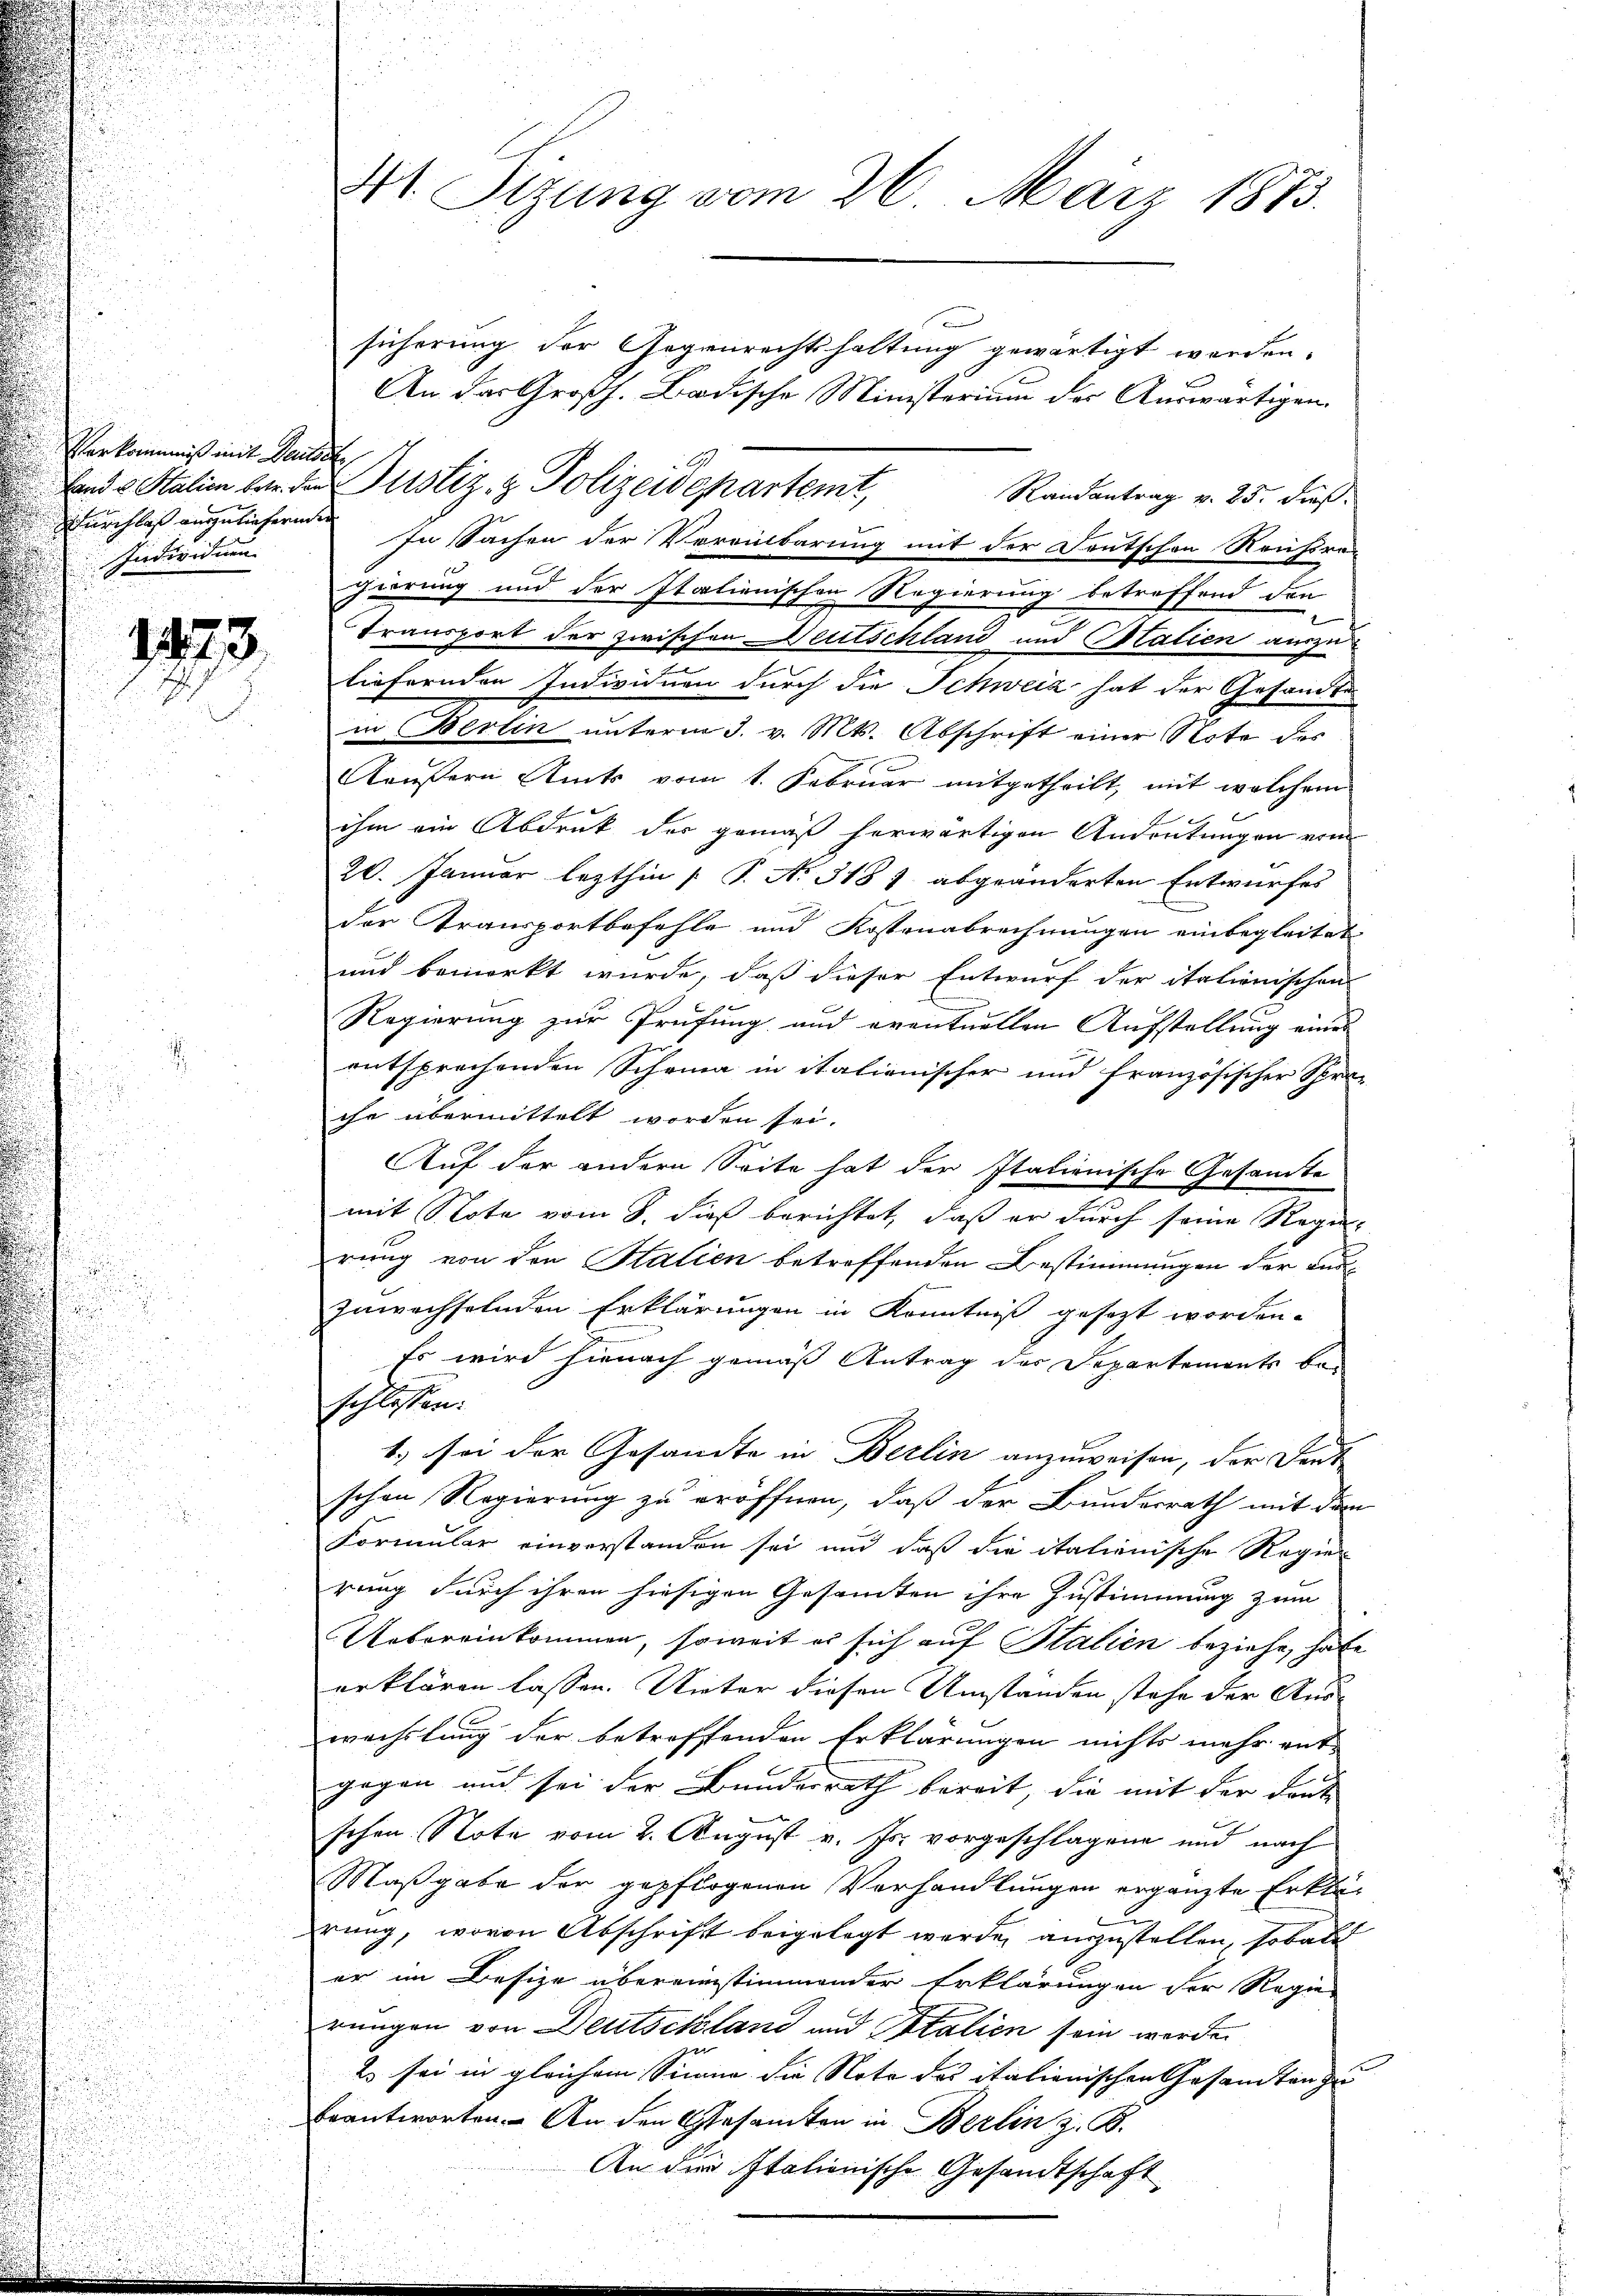
Vorkommniß mit Deutsch
Durchlaß angelieferenden
Individuen

1473.

41. Sizung vom 26. März 1873.

sicherung der Gegenrechtshaltung gewärtigt werden,
An das Großh. Badische Ministerium der Auswärtigen.
land u. Station bei der Justiz- & Polizeidepartemt,
Randantrag v. 25. dieß.
In Sachen der Vereinbarung mit der Deutschen Rauchsrägierung und der Italienischen Regierung betreffend den
transport der zwischen Deutschland und Stalien auszuliefernden Individuen durch die Schweiz hat der Gesandte
in Berlin unterm 3. v. Mts. Abschrift einer Note des
.
Aeußern Amts vom 1. Februar mitgetheilt, mit welchem
ihm ein Abdruck der gemäß herwärtigen Andeutungen vom
20. Januar lezthin 1 S. Nr. 318 7 abgeänderten Entwurfes
der Transportbefehle und Kostenabrechnungen einbegleitet
und bemerkt wurde, daß dieser Entwurf der italienischen
Regierung zur Prüfung und eventuellen Aufstellung eines
entsprechenden Schrina in italienischer und französischer Spra-
che übermittelt worden sei.
Auf der andern Seite hat der Italienische Gesamte
mit Note vom 8. dieß berichtet, daß er durch seine Regel-
rung von den Halien betreffenden Bestimmungen der Auszuwechselnden Erklärungen in Kenntniß gesezt worden.
Es wird hienach gemäß Antrag der Departements be-
schlossen.
1.) sei der Gesandte in Berlin anzuweisen, der Fenst
schen Regierung zu eröffnen, daß der Bundesrath mit dem
Formular einverstanden sei und daß die italienische Regier
rung durch ihren hiesigen Gesammten ihre Zustimmung zum
Uebereinkommen, soweit es sich auf Stalien beziehe, habe
erklären lassen. Vieter diesen Umstanden stehe der Auswechslung der betreffenden Erklärungen nichts mehr ent-
gegen und sei der Bundesrath bereit, die mit der deut
schen Note vom 2. August v. Js. vorgeschlagene und nach
Maßgabe der gepflogenen Verhandlungen ergänzte Erklär
rung, wovon Abschrift beigelegt werde anzustellen, sobald
er im Besize übereinstimmender Erklärungen der Regie
rungen von Deutschland und Italien sein werden
7
Es sei in gleichem Sinne die Note des italienischen Gesandten zu
beantworten. An den Gesamten in Berlin z. B.
An die Italionische Gesandtschaft